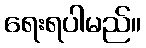
ရေးရပါမည်။